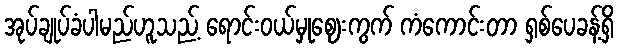
အုပ်ချုပ်ခံပါမည်ဟူသည့် ရောင်းဝယ်မှုဈေးကွက် ကံကောင်းတာ ရှစ်ပေခန့်ရှိ